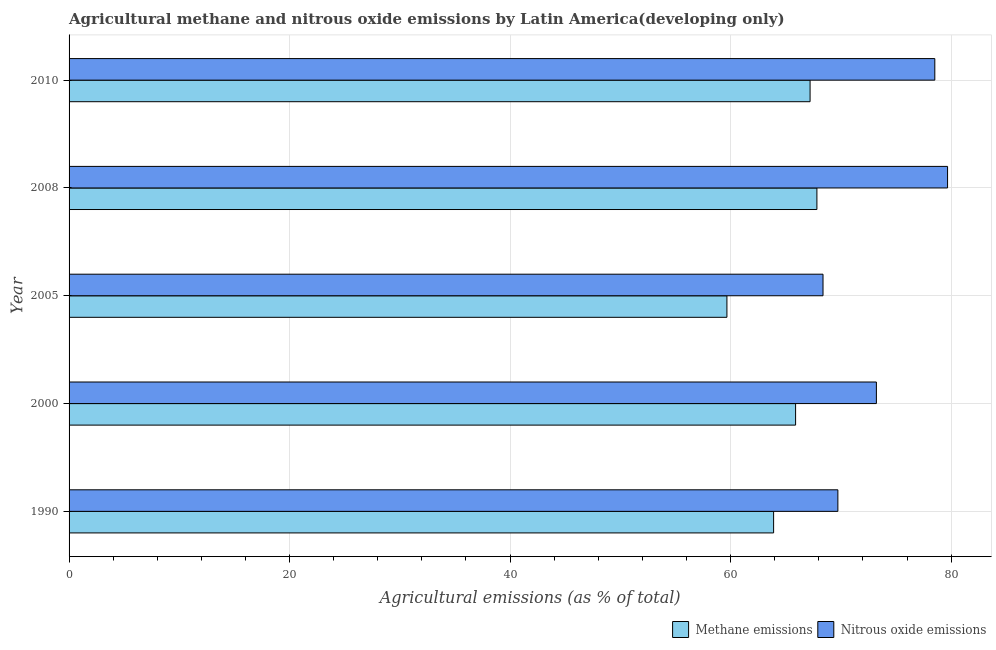
| Year | Methane emissions | Nitrous oxide emissions |
 | --- | --- | --- |
 | 1990 | 63.9 | 69.7 |
 | 2000 | 65.9 | 73.2 |
 | 2005 | 59.7 | 68.4 |
 | 2008 | 67.8 | 79.7 |
 | 2010 | 67.2 | 78.5 |